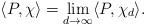
LaTeX: \begin{align*} \langle P, \chi\rangle = \lim_{d\rightarrow\infty}\langle P, \chi_d\rangle.\end{align*}